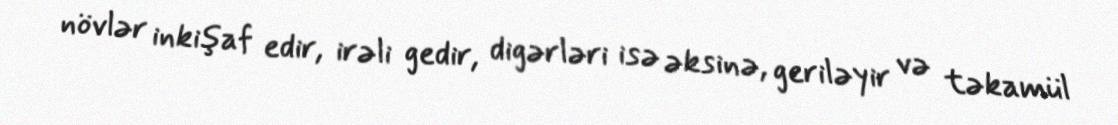
növlər inkişaf edir, irəli gedir, digərləri isə əksinə, geriləyir və təkamül